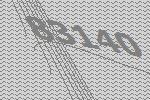
83140